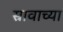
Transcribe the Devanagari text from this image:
स्रावाच्या